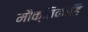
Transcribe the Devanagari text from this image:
मौक्तिकांहि